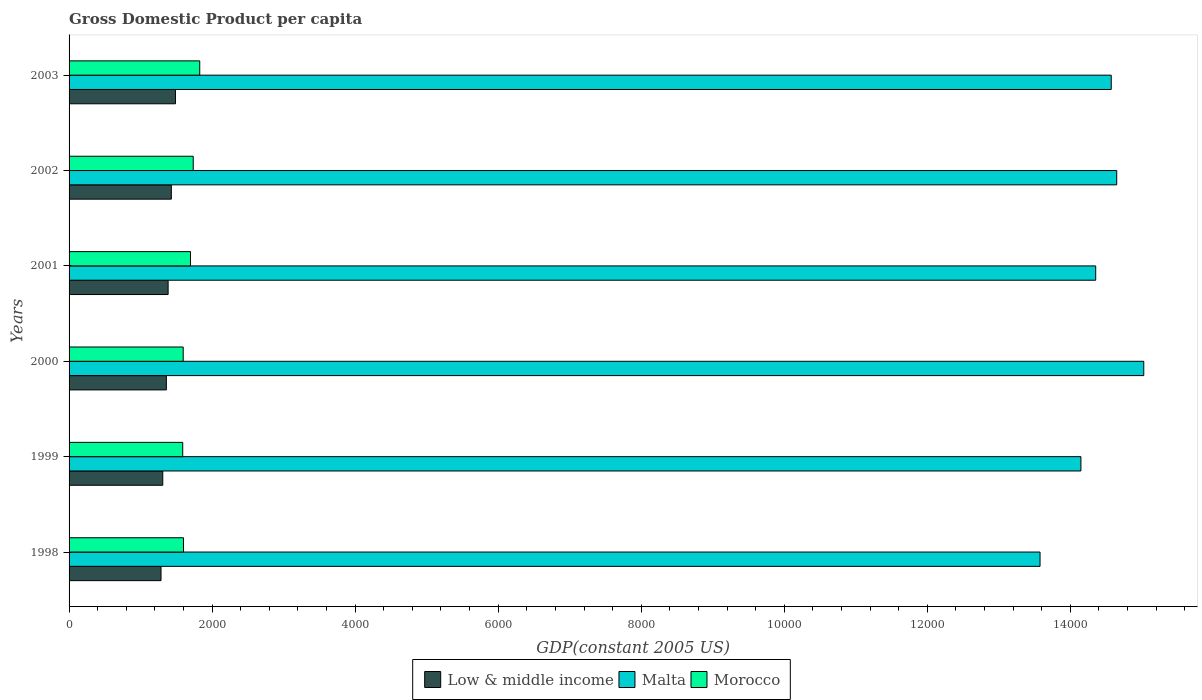
| Years | Low & middle income | Malta | Morocco |
 | --- | --- | --- | --- |
 | 1998 | 1.29e+03 | 1.36e+04 | 1.6e+03 |
 | 1999 | 1.31e+03 | 1.41e+04 | 1.59e+03 |
 | 2000 | 1.36e+03 | 1.5e+04 | 1.6e+03 |
 | 2001 | 1.39e+03 | 1.44e+04 | 1.7e+03 |
 | 2002 | 1.43e+03 | 1.46e+04 | 1.74e+03 |
 | 2003 | 1.49e+03 | 1.46e+04 | 1.83e+03 |